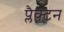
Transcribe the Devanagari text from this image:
प्लैक्टन